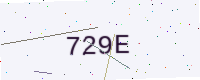
Text: 729E